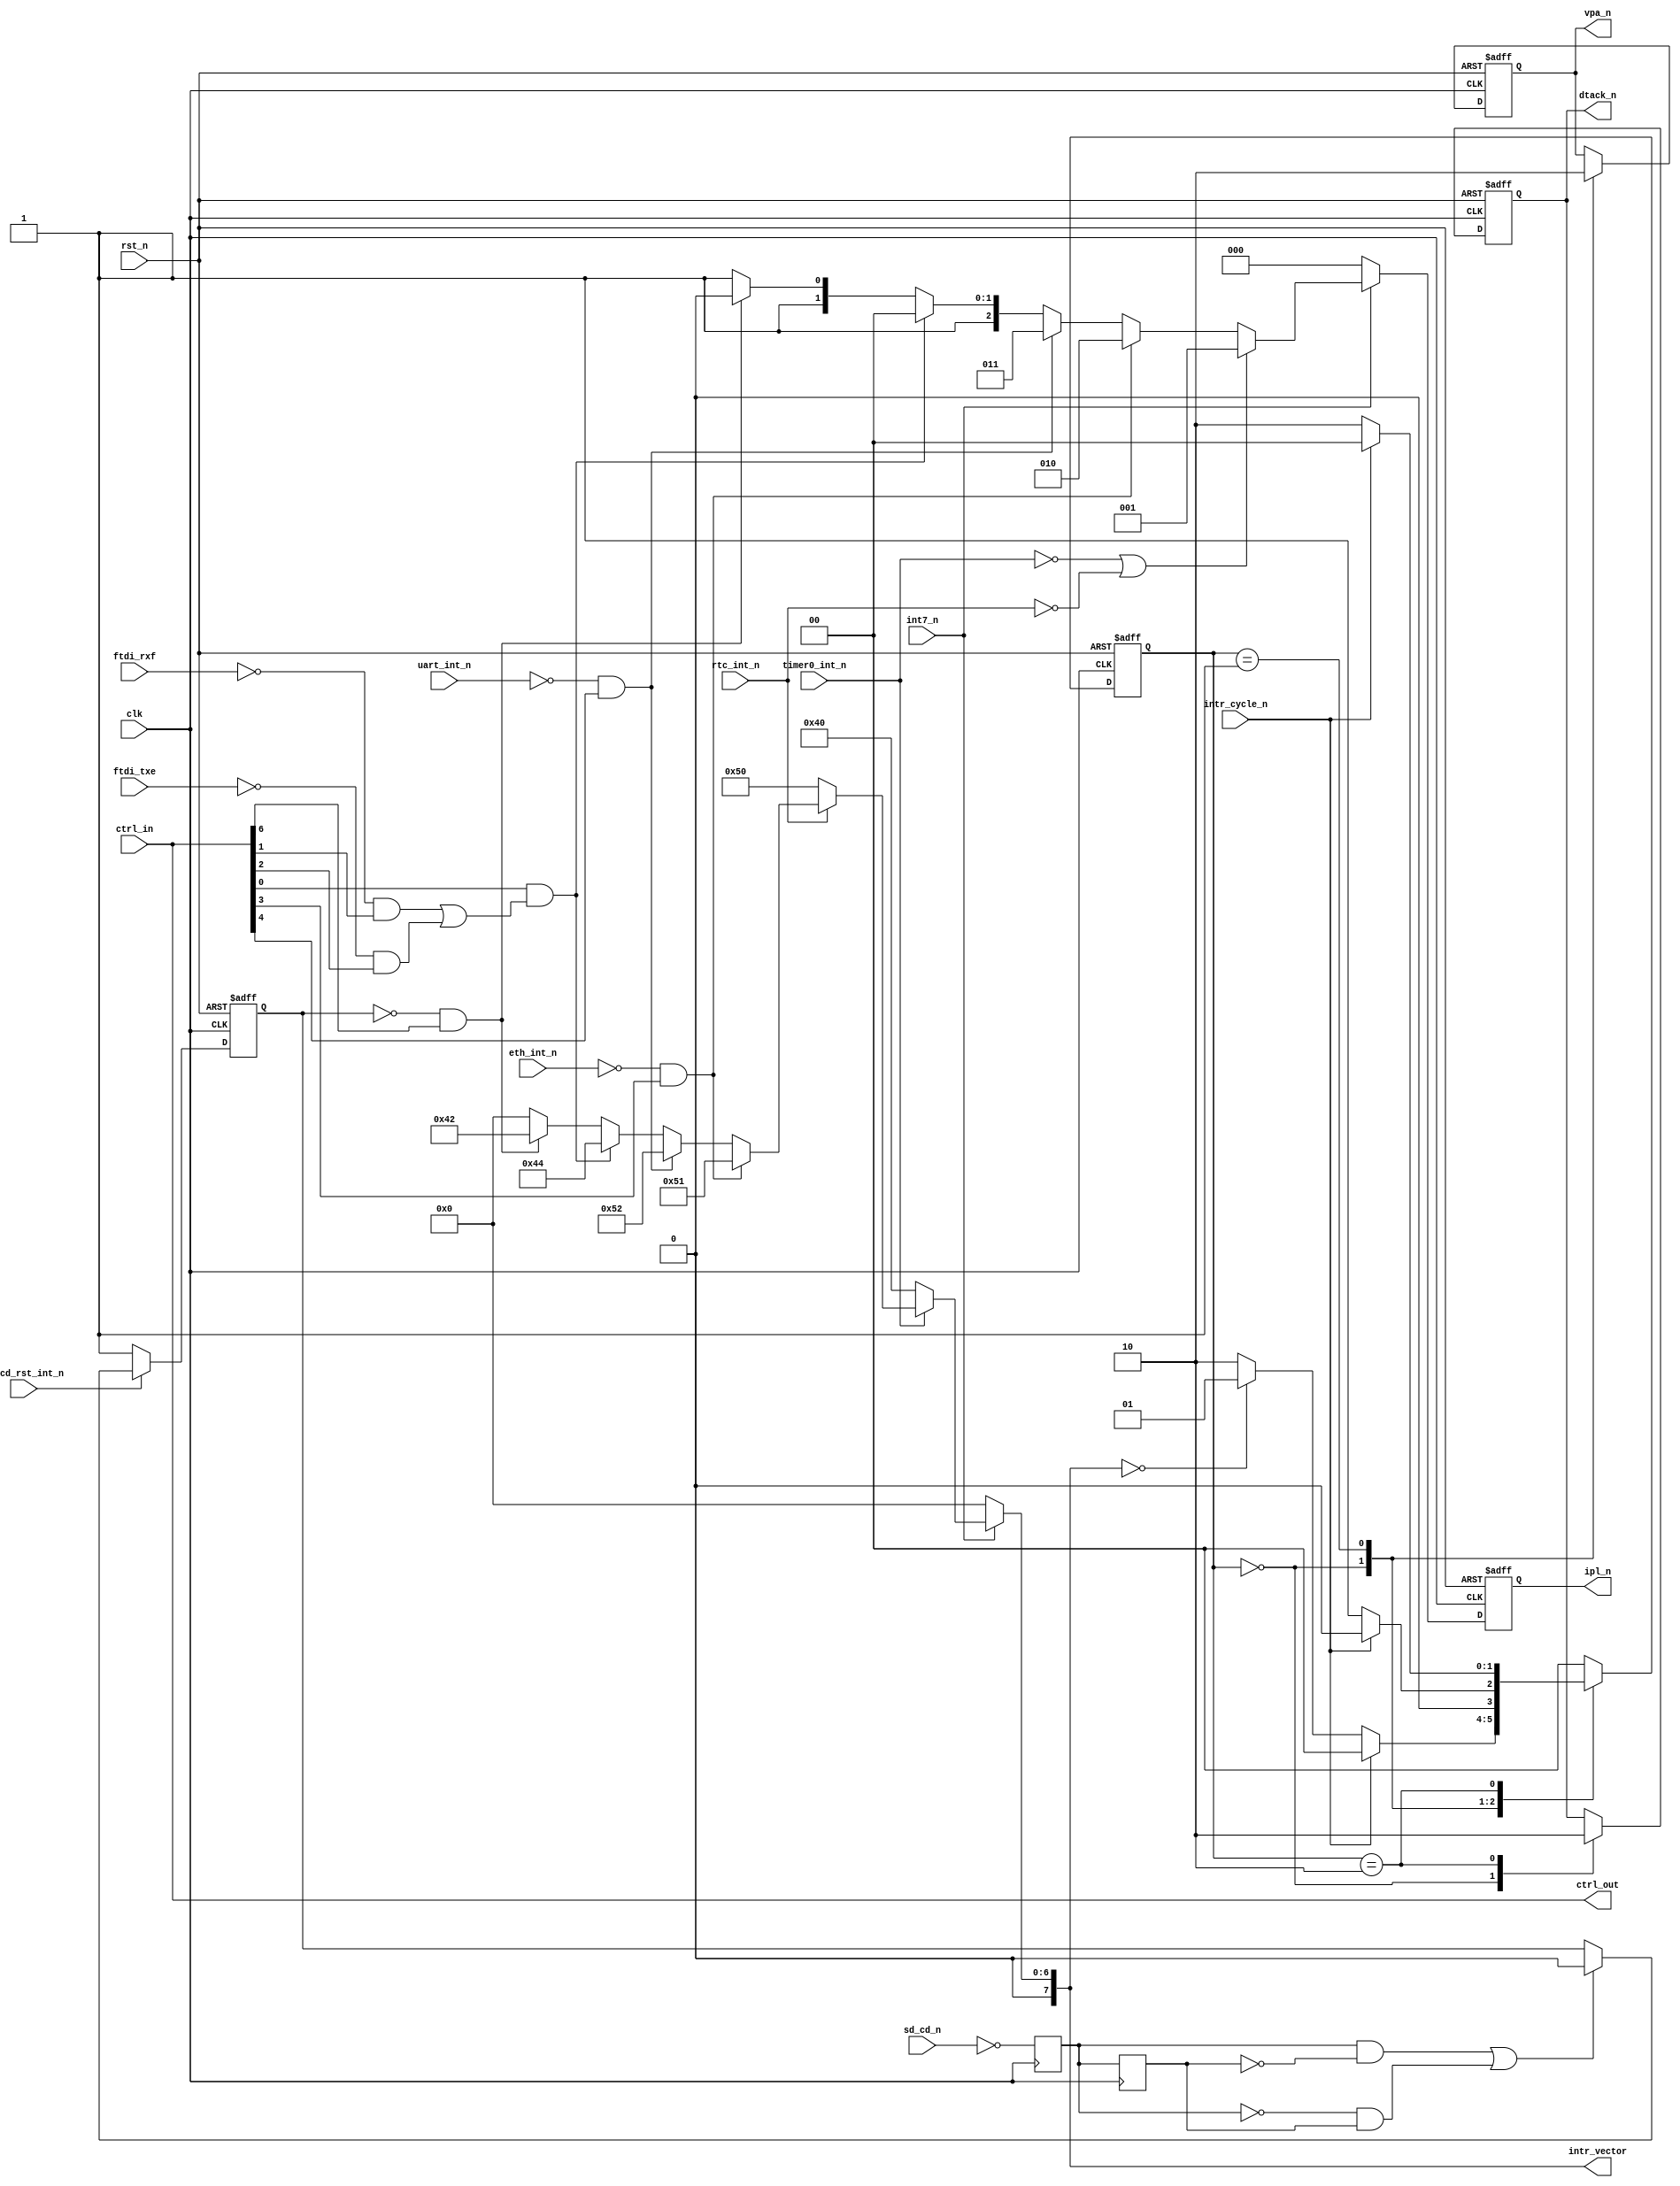
`timescale 1ns / 1ps

module intr_ctrl(
	// system
	input wire clk,
//	input wire iclk,
	input wire rst_n,
	
	// cpu signals
	output reg [2:0] ipl_n,
	//input wire [3:1] cpu_addrbus,
	output reg dtack_n,
	output reg vpa_n,
	
	output wire [7:0] intr_vector,

	input wire intr_cycle_n,

	input wire [15:0] ctrl_in,
	output wire [15:0] ctrl_out,

	// interrupt sources
	input wire int7_n,
	input wire timer0_int_n,
	//input wire timer1_int_n,
	input wire rtc_int_n,
	input wire eth_int_n,

	`ifdef TEST_MAS3507D
	input wire mas_int,
	`endif

	// for ftdi interrupt generator
	input wire ftdi_rxf,
	input wire ftdi_txe,
	
	input wire uart_int_n,

	// SD card insert/remove int
	input wire sd_cd_n,
	input wire sd_cd_rst_int_n

);

	// loop back control register
	assign ctrl_out = ctrl_in;



   /*******************************************/
	/* SD card insertion/removal edge detector */
	reg sd_cd_1, sd_cd_2; //, sd_cd_3;
	always @(posedge clk) begin
		sd_cd_1 <= ~sd_cd_n;
		sd_cd_2 <= sd_cd_1;
		//sd_cd_3 <= sd_cd_2;
	end
	//assign sd_cd = (sd_cd_2 & ~sd_cd_3) | (~sd_cd_2 & sd_cd_3);
	assign sd_cd = (sd_cd_1 & ~sd_cd_2) | (~sd_cd_1 & sd_cd_2);

	reg sd_cd_int_n;
	/* SD card interrupt generator */
	always @(posedge clk or negedge rst_n)
		if (~rst_n) begin
			sd_cd_int_n <= 1;
		end else begin
			if (~sd_cd_rst_int_n)
				sd_cd_int_n <= 1;
			else if (sd_cd)
				sd_cd_int_n <= 0;
		end
	wire sd_cd_int_n_e;

	assign sd_cd_ien = ctrl_in[6];
	assign sd_cd_int_n_e = ~(~sd_cd_int_n & sd_cd_ien);
   /*******************************************/

	
   /*******************************************/
	/* ftdi interrupt generator                */
	assign ftdi_ien  = ctrl_in[0];
	assign ftdi_rxie = ctrl_in[1];
	assign ftdi_txie = ctrl_in[2];
	assign ftdi_int_n = ~(ftdi_ien & ((~ftdi_rxf & ftdi_rxie) | (~ftdi_txe & ftdi_txie)));
   /*******************************************/
	

   /*******************************************/
	/* enc28j60                                */
	assign eth_ien   = ctrl_in[3];
	assign eth_int_n_e = ~(~eth_int_n & eth_ien);
   /*******************************************/


   /*******************************************/
	/* fpga simple uart                        */
	assign uart_ien  = ctrl_in[4];
	assign uart_int_n_e = ~(~uart_int_n & uart_ien);
   /*******************************************/
	

   /*******************************************/
	/* MAS3507D                                */
	`ifdef TEST_MAS3507D
	assign mas_ien = ctrl_in[5];
	assign mas_int_n_e = ~(mas_int & mas_ien);
	`endif
   /*******************************************/



	/* interuupt level assign */

	wire [7:1] int_level;

	assign int_level[1] = ~sd_cd_int_n_e;//~timer1_int_n;
	assign int_level[2] = 0;
	assign int_level[3] = ~ftdi_int_n;
	assign int_level[4] = ~uart_int_n_e;
	assign int_level[5] = ~eth_int_n_e;
	assign int_level[6] = ~timer0_int_n | ~rtc_int_n
`ifdef TEST_MAS3507D
	| ~mas_int_n_e
`endif
;
	assign int_level[7] = ~int7_n;
	
	
	reg [2:0] ipl_n_r;
	
	// priority encoder
	always @(int_level)
		if (int_level[7])
			// int7
			ipl_n_r = 3'b000;
		else if (int_level[6])
			// int6
			ipl_n_r = 3'b001;
		else if (int_level[5])
			// int5
			ipl_n_r = 3'b010;
		else if (int_level[4])
			// int4
			ipl_n_r = 3'b011;
		else if (int_level[3])
			// int3
			ipl_n_r = 3'b100;
		else if (int_level[2])
			// int2
			ipl_n_r = 3'b101;
		else if (int_level[1])
			// int1
			ipl_n_r = 3'b110;
		else
			// no int
			ipl_n_r = 3'b111;

			
	// ipl_n sync'er
	always @(negedge clk or negedge rst_n)
		if (!rst_n)
			ipl_n <= 3'b111;
		else
			ipl_n <= ipl_n_r;
			

	// interrupt table (priority ordered)
	// vector = 00 will trigger autovector
	assign intr_vector = ~int7_n       ? 8'h00 : (
						 ~timer0_int_n ? 8'h40 : (
`ifdef TEST_MAS3507D							
						 ~mas_int_n_e  ? 8'h53 : (
`endif
						 ~rtc_int_n    ? 8'h50 : (
						 ~eth_int_n_e  ? 8'h51 : (
						 ~uart_int_n_e ? 8'h52 : (
						 ~ftdi_int_n   ? 8'h44 : (
						 ~sd_cd_int_n_e? 8'h42 : /*(
						 ~timer1_int_n ? 8'h41 : */
						 8'h00 ))))
`ifdef TEST_MAS3507D						 
						 )
`endif
						 )); //);

	parameter IDLE = 2'b00;
	parameter AVEC_INT = 2'b01;
	parameter VEC_INT = 2'b10;
	reg [1:0] int_state, n_int_state;

			
	// next int_state logic
	always @(*) begin : FSM_COMBO
		//n_int_state = 2'b00;
		case (int_state)
			IDLE: begin
				if (~intr_cycle_n)
					if (intr_vector == 8'h00)
						n_int_state = AVEC_INT;
					else
						n_int_state = VEC_INT;
				else
					n_int_state = IDLE;
			end
			AVEC_INT: begin
				if (intr_cycle_n)
					n_int_state = IDLE;
				else
					n_int_state = AVEC_INT;
			end
			VEC_INT: begin
				if (intr_cycle_n)
					n_int_state = IDLE;
				else
					n_int_state = VEC_INT;
			end
			default:
				n_int_state = IDLE;
		endcase
	end
	

	// int_state outputs
	always @(negedge clk or negedge rst_n)
		if (!rst_n) begin
			// base vector
			dtack_n <= 1;
			vpa_n <= 1;
			int_state <= IDLE;
		end else begin
			int_state <= n_int_state;
			case (int_state)
				IDLE: begin
					dtack_n <= 1;
					vpa_n <= 1;
				end
				VEC_INT: begin
					dtack_n <= 0;
				end
				AVEC_INT: begin
					vpa_n <= 0;
				end
				
			endcase
		
		end
		
		
endmodule